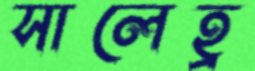
সালেহ্র